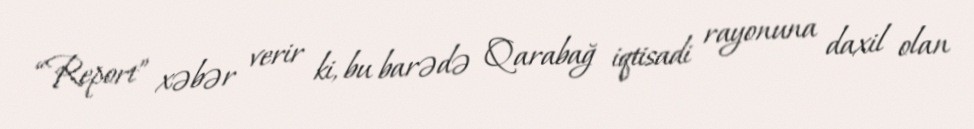
“Report” xəbər verir ki, bu barədə Qarabağ iqtisadi rayonuna daxil olan